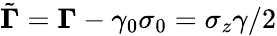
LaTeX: \tilde{\mathbf{\Gamma}}=\mathbf{\Gamma}-\gamma_{0}\sigma_{0}=\sigma_{z}\gamma/2